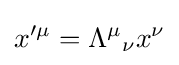
x^{\prime \mu }={\Lambda ^{\mu }}_{\nu }x^{\nu }